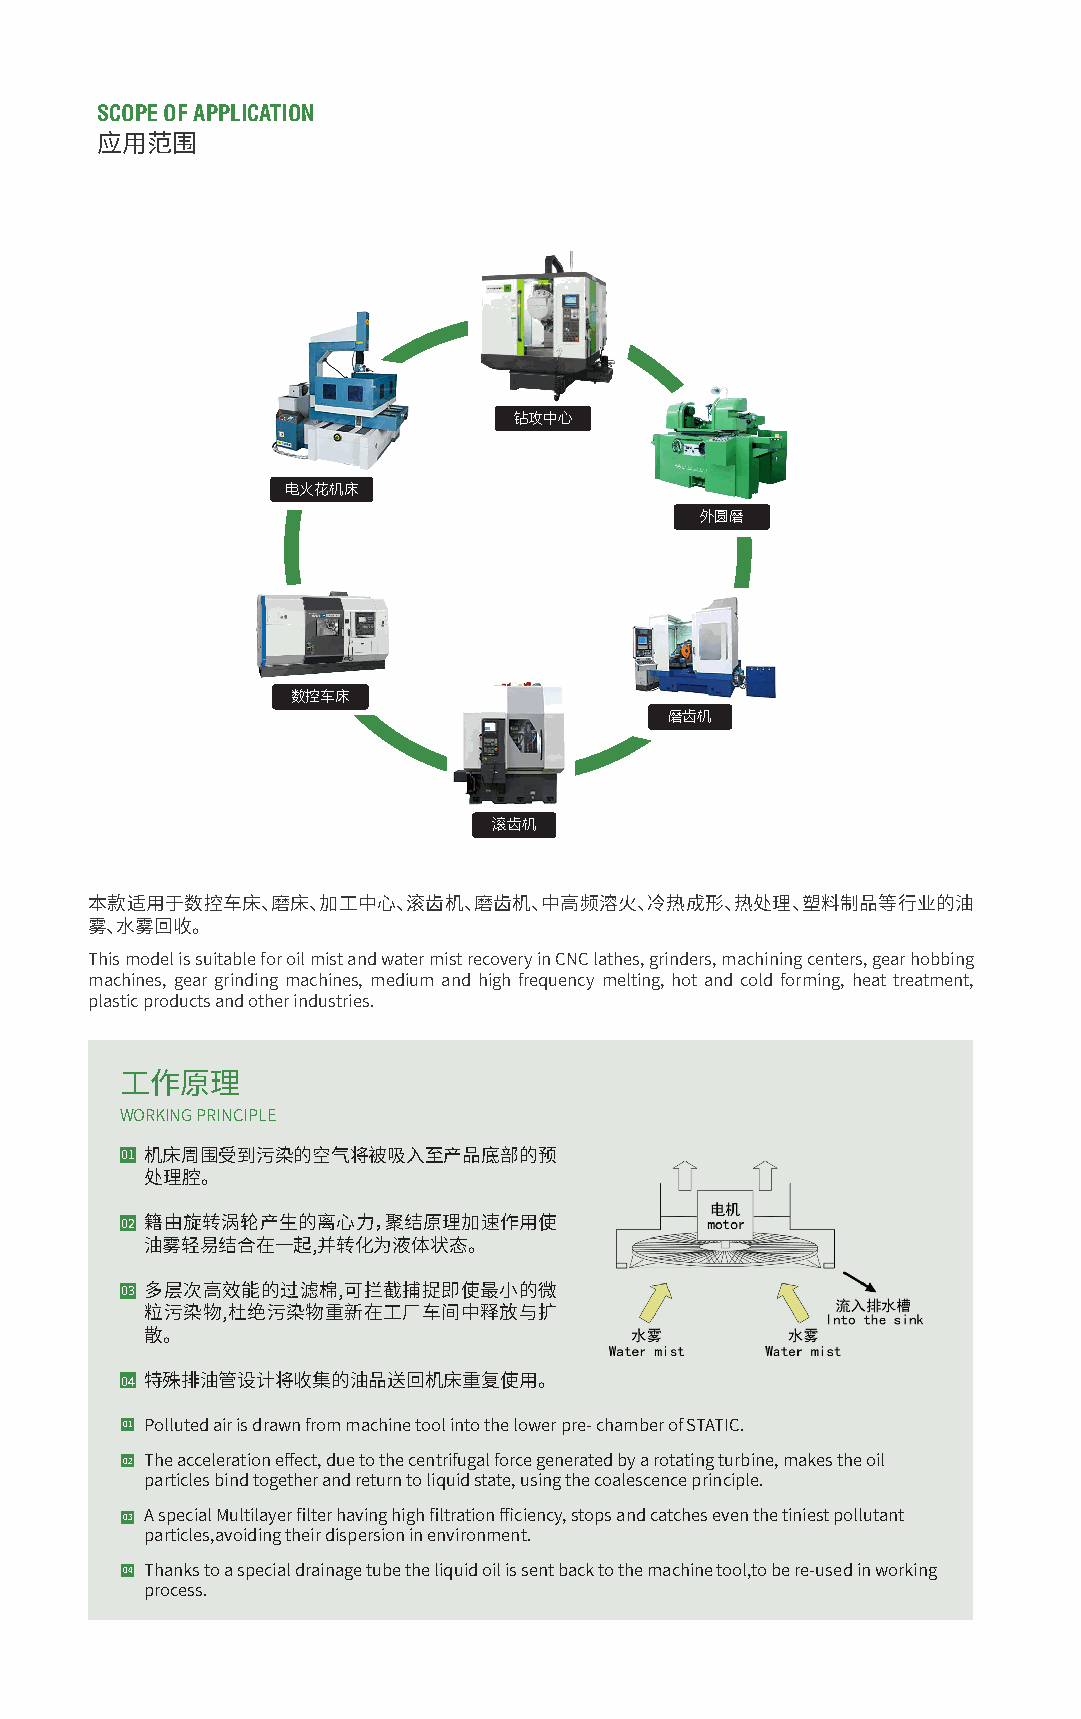
SCOPE OF APPLICATION
 应用范围
 钻攻中心
 电火花机床
 外圆磨
 数控车床
 磨齿机
 滚齿机
 本款适用于数控车床、磨床、加工中心、滚齿机、磨齿机、中高频溶火、冷热成形、热处理、塑料制品等行业的油
 雾、水雾回收。
 This model is suitable for oil mist and water mist recovery in CNC lathes, grinders, machining centers, gear hobbing
 machines, gear grinding machines, medium and high frequency melting, hot and cold forming, heat treatment,
 plastic products and other industries.
 工作原理
 WORKING PRINCIPLE
 �� 机床周围受到污染的空气将被吸入至产品底部的预
 处理腔。
 �� 籍由旋转涡轮产生的离心力，聚结原理加速作用使
 油雾轻易结合在一起,并转化为液体状态。
 �� 多层次高效能的过滤棉,可拦截捕捉即使最小的微
 粒污染物,杜绝污染物重新在工厂车间中释放与扩
 散。
 �� 特殊排油管设计将收集的油品送回机床重复使用。
 �� Polluted air is drawn from machine tool into the lower pre- chamber of STATIC.
 �� The acceleration effect, due to the centrifugal force generated by a rotating turbine, makes the oil
 particles bind together and return to liquid state, using the coalescence principle.
 �� A special Multilayer filter having high filtration fficiency, stops and catches even the tiniest pollutant
 particles,avoiding their dispersion in environment.
 �� Thanks to a special drainage tube the liquid oil is sent back to the machine tool,to be re-used in working
 process.